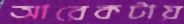
আরেকটায়